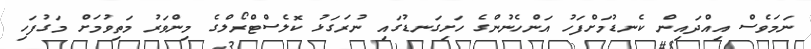
ނަމަވެސް އިއްދައިން ކެނޑުމަށްފަހު އަންހެނުންގެ ހަށިގަނޑުގައި ނުރަގަޅު ކޮލެސްޓްރޯލްގެ މިންވަރު މަތިވުމަށް މަގުފަހި